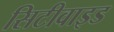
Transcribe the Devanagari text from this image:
सिटीवाइड